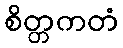
စိတ္တကတံ